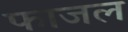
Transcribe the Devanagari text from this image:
फाजल